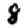
Digit: 8